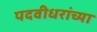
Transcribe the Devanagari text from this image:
पदवीधरांच्या